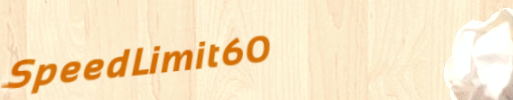
SpeedLimit60